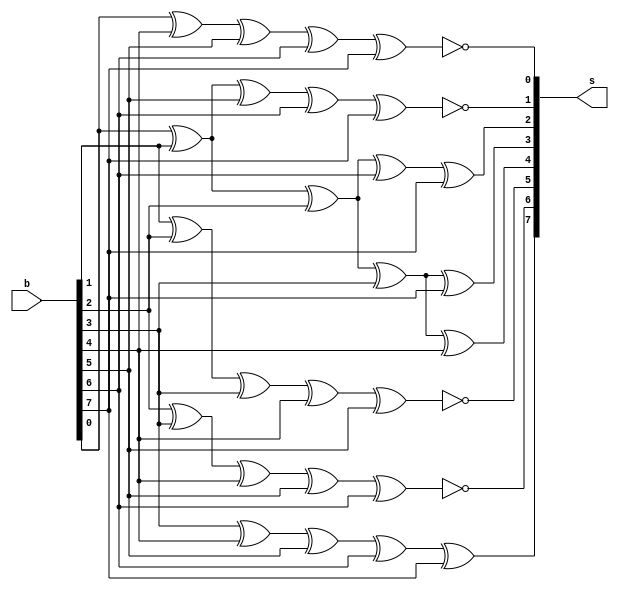
module s_box(b,s);
	input [7:0] b;
	output [7:0] s;
	
	assign s[0] = b[0] ^ b[4] ^ b[5] ^ b[6] ^ b[7] ^ 1'b1;
	assign s[1] = b[0] ^ b[1] ^ b[5] ^ b[6] ^ b[7] ^ 1'b1;
	assign s[2] = b[0] ^ b[1] ^ b[2] ^ b[6] ^ b[7] ^ 1'b0;
	assign s[3] = b[0] ^ b[1] ^ b[2] ^ b[3] ^ b[7] ^ 1'b0;
	assign s[4] = b[0] ^ b[1] ^ b[2] ^ b[3] ^ b[4] ^ 1'b0;
	assign s[5] = b[1] ^ b[2] ^ b[3] ^ b[4] ^ b[5] ^ 1'b1;
	assign s[6] = b[2] ^ b[3] ^ b[4] ^ b[5] ^ b[6] ^ 1'b1;
	assign s[7] = b[3] ^ b[4] ^ b[5] ^ b[6] ^ b[7] ^ 1'b0;
	
endmodule